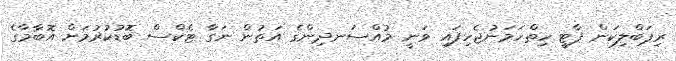
ރިޕަބްލިކަން ޕާޓީ ހިތްހަމަނުޖެހިފައި ވަނީ މުއްސަނދިންގެ އަތުން ނަގާ ޓެކްސް ބޮޑުކުރުމަށް އޮބާމާގެ